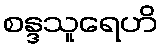
စန္ဒသူရေဟိ